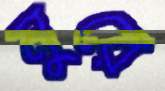
নুরে